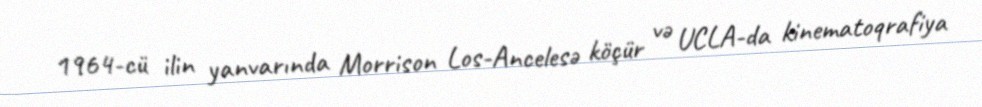
1964-cü ilin yanvarında Morrison Los-Ancelesə köçür və UCLA-da kinematoqrafiya